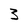
Character: 3